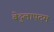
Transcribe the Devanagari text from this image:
बेदुलापदम